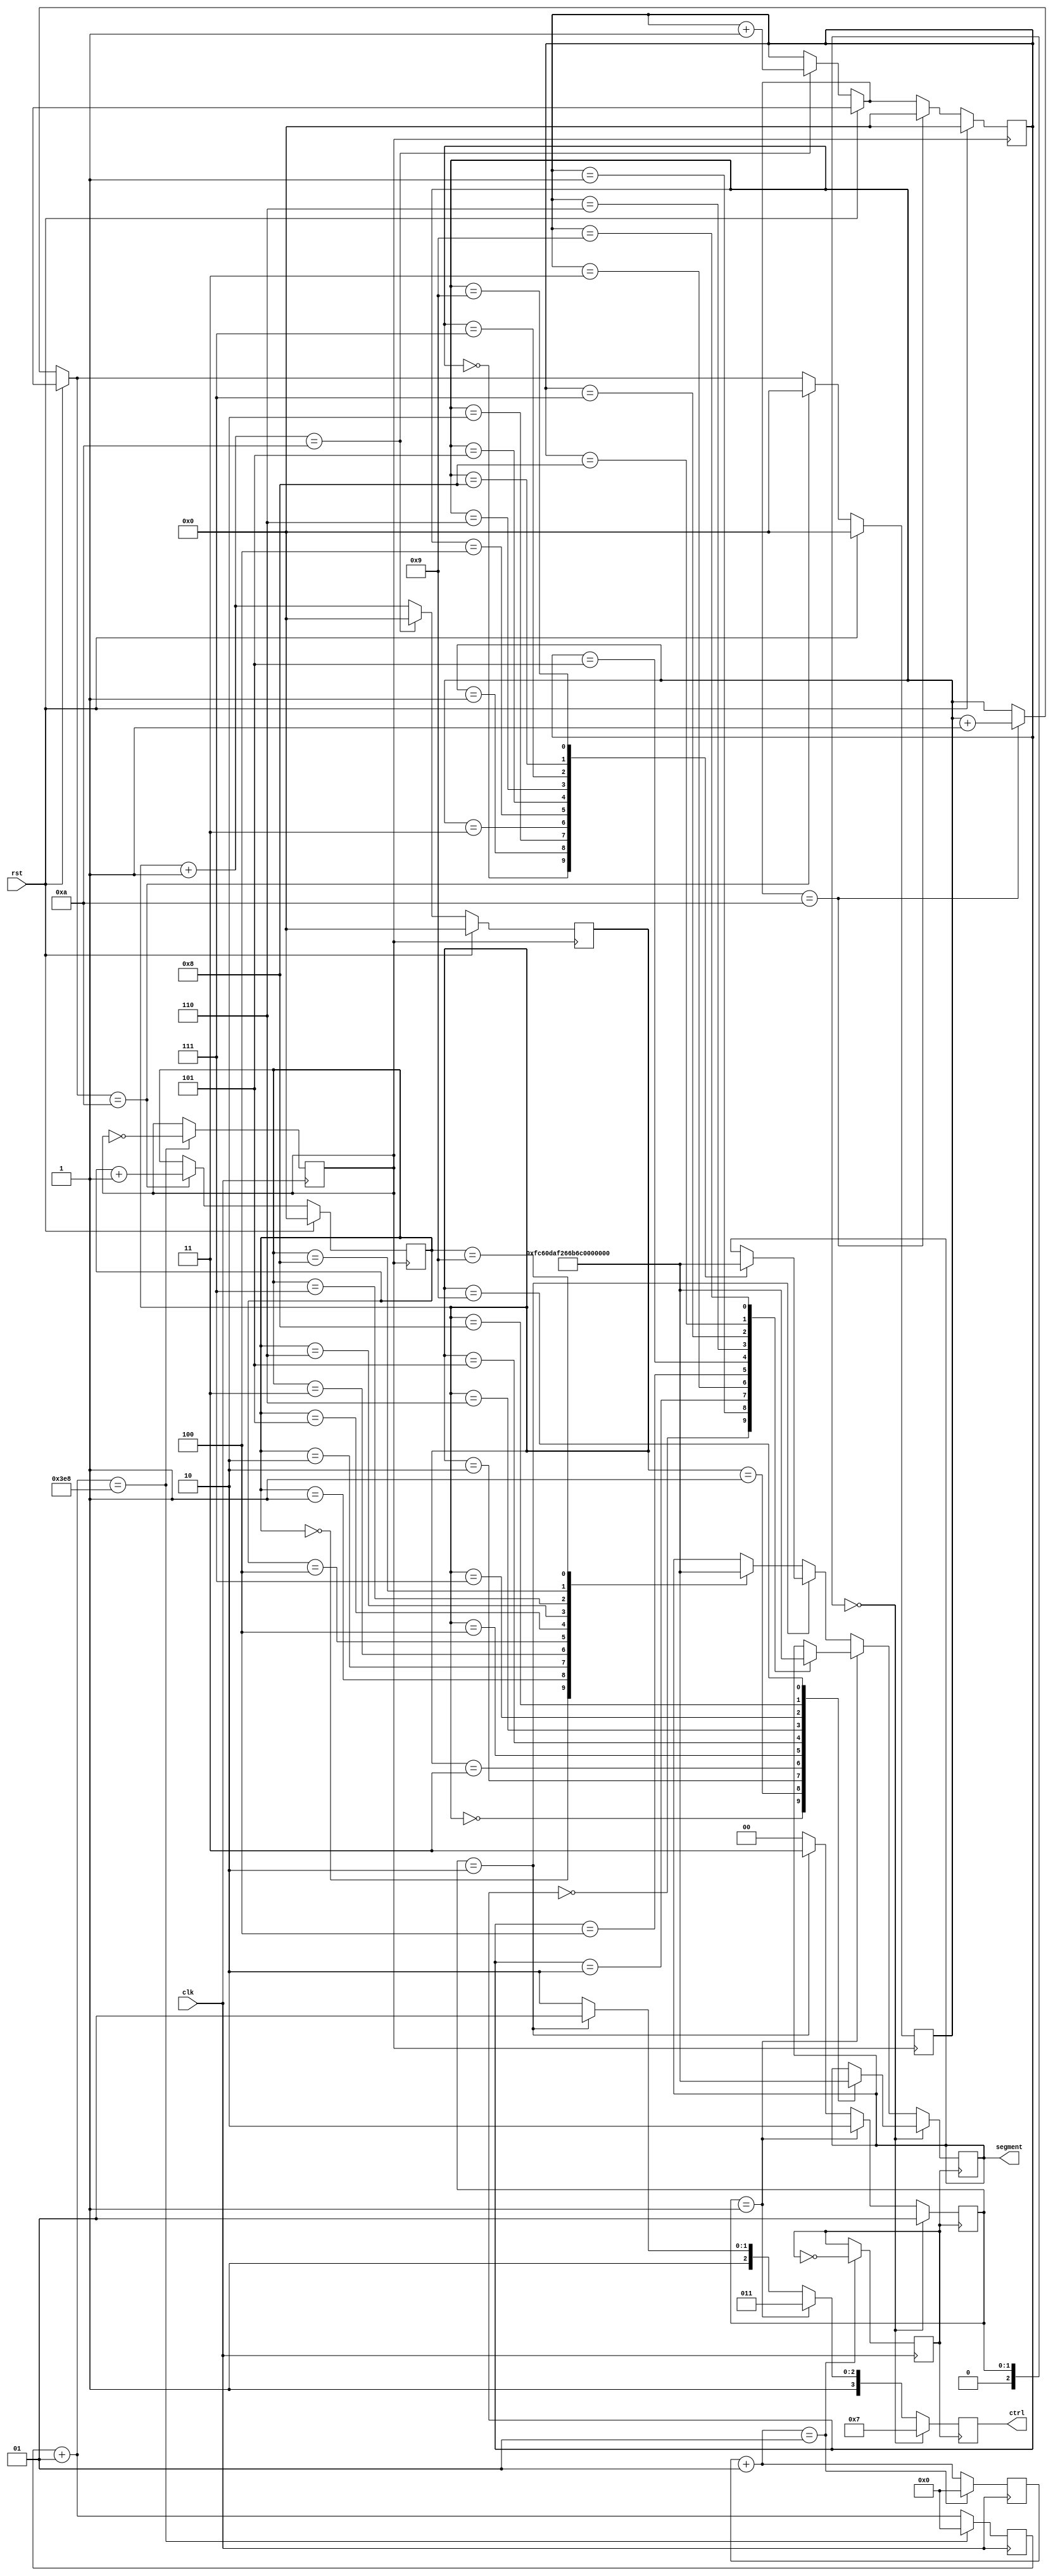
module counter (
	input clk, rst,
	output reg [3:0] ctrl, output reg [7:0] segment
);

integer i, j;       //temporary values 
reg clkdiv, clkdiv2; 
reg [2:0] flag; 
reg [3:0] first;    //digits (units)
reg [3:0] second;   //(tens)
reg [3:0] third;    //(hundreds)
reg [3:0] fourth;   //(thousands)

initial begin
	i = 0;
	j = 0;
	first = 4'b0000;
	second = 4'b0000;
	third = 4'b000;
	fourth = 4'b000;
	clkdiv = 1'b0;
	clkdiv2 = 1'b0;
	flag = 1'b0;
end

always @(posedge clk) begin  //4MHz clock (Spartan 6 FPGA)
	i = i+1; j = j+1;
	if (i == 1000) begin //i == 2000000 for 4MHz clock (depends on the FPGA clock). Keep it low for simulation (1000)
		clkdiv = ~clkdiv;
		i = 0;
	end
	if (j == 1) begin    //j == 2000 for the multiplexed 7-segment display. Keep it low for simulation(1)
		clkdiv2 = ~clkdiv2;
		j = 0;
	end
end
 
always @(posedge clkdiv) begin  //1Hz clock (increased frequency)
	if (rst == 1'b1) begin
		first = 4'b0000;
		second = 4'b0000;
		third = 4'b000;
		fourth = 4'b000;
	end
	else begin
		first = first+1;
		if (first == 4'd10) begin
			first = 4'd0;
			second = second+1; 
		end
		if (second == 4'd10) begin
			second = 4'd0;
			third = third+1;
		end
		if (third == 4'd10) begin
			third = 4'd0;
			fourth = fourth+1;
		end
	end
end

always@(posedge clkdiv2) begin
	if (flag == 2'b00) begin
		ctrl = 4'b0111;     //controls which of the four 7-segments display
		case (first)
			4'd0:segment=8'b11111100;
			4'd1:segment=8'b01100000;
			4'd2:segment=8'b11011010;  
			4'd3:segment=8'b11110010; 
			4'd4:segment=8'b01100110; 
			4'd5:segment=8'b10110110; 
			4'd6:segment=8'b10111110; 
			4'd7:segment=8'b11100000; 
			4'd8:segment=8'b11111110; 
			4'd9:segment=8'b11110110;  
		endcase
		flag = 2'b01;
	end
	else if (flag == 2'b01) begin
		ctrl = 4'b1011;
		case (second)
			4'd0:segment=8'b11111100;
			4'd1:segment=8'b01100000; 
			4'd2:segment=8'b11011010;  
			4'd3:segment=8'b11110010; 
			4'd4:segment=8'b01100110; 
			4'd5:segment=8'b10110110; 
			4'd6:segment=8'b10111110; 
			4'd7:segment=8'b11100000; 
			4'd8:segment=8'b11111110; 
			4'd9:segment=8'b11110110;         
		endcase
		flag = 2'b10;
	end
	else if (flag == 2'b10) begin
		ctrl = 4'b1101;
		case (third)
			4'd0:segment=8'b11111100;
			4'd1:segment=8'b01100000; 
			4'd2:segment=8'b11011010;  
			4'd3:segment=8'b11110010; 
			4'd4:segment=8'b01100110; 
			4'd5:segment=8'b10110110; 
			4'd6:segment=8'b10111110; 
			4'd7:segment=8'b11100000; 
			4'd8:segment=8'b11111110; 
			4'd9:segment=8'b11110110;         
		endcase
		flag = 2'b11;
	end
	else begin
		ctrl = 4'b1110;
		case (fourth)
			4'd0:segment=8'b11111100;
			4'd1:segment=8'b01100000; 
			4'd2:segment=8'b11011010;  
			4'd3:segment=8'b11110010; 
			4'd4:segment=8'b01100110; 
			4'd5:segment=8'b10110110; 
			4'd6:segment=8'b10111110; 
			4'd7:segment=8'b11100000; 
			4'd8:segment=8'b11111110; 
			4'd9:segment=8'b11110110;         
		endcase
		flag = 2'b00;
	end
end

endmodule